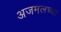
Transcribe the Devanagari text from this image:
अजमलच्या